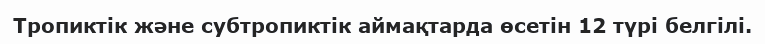
Тропиктік және субтропиктік аймақтарда өсетін 12 түрі белгілі.